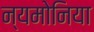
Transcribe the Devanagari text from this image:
न्यमोनिया